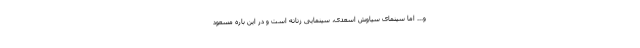
و... اما سینمای سیاوش اسعدی، سینمایی زنانه است و در این باره مسعود